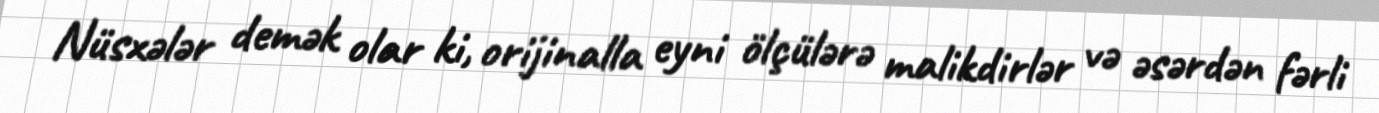
Nüsxələr demək olar ki, orijinalla eyni ölçülərə malikdirlər və əsərdən fərli